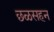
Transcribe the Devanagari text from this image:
छळसहन